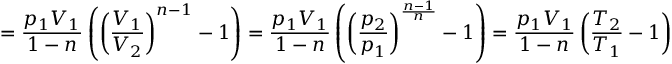
= { \frac { p _ { 1 } V _ { 1 } } { 1 - n } } \left( \left( { \frac { V _ { 1 } } { V _ { 2 } } } \right) ^ { n - 1 } - 1 \right) = { \frac { p _ { 1 } V _ { 1 } } { 1 - n } } \left( \left( { \frac { p _ { 2 } } { p _ { 1 } } } \right) ^ { \frac { n - 1 } { n } } - 1 \right) = { \frac { p _ { 1 } V _ { 1 } } { 1 - n } } \left( { \frac { T _ { 2 } } { T _ { 1 } } } - 1 \right)